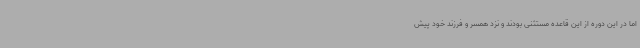
اما در این دوره از این قاعده مستثنی بودند و نزد همسر و فرزند خود پیش